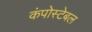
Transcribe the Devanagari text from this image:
कंपोस्टेबल